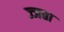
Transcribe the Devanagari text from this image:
ज्जता